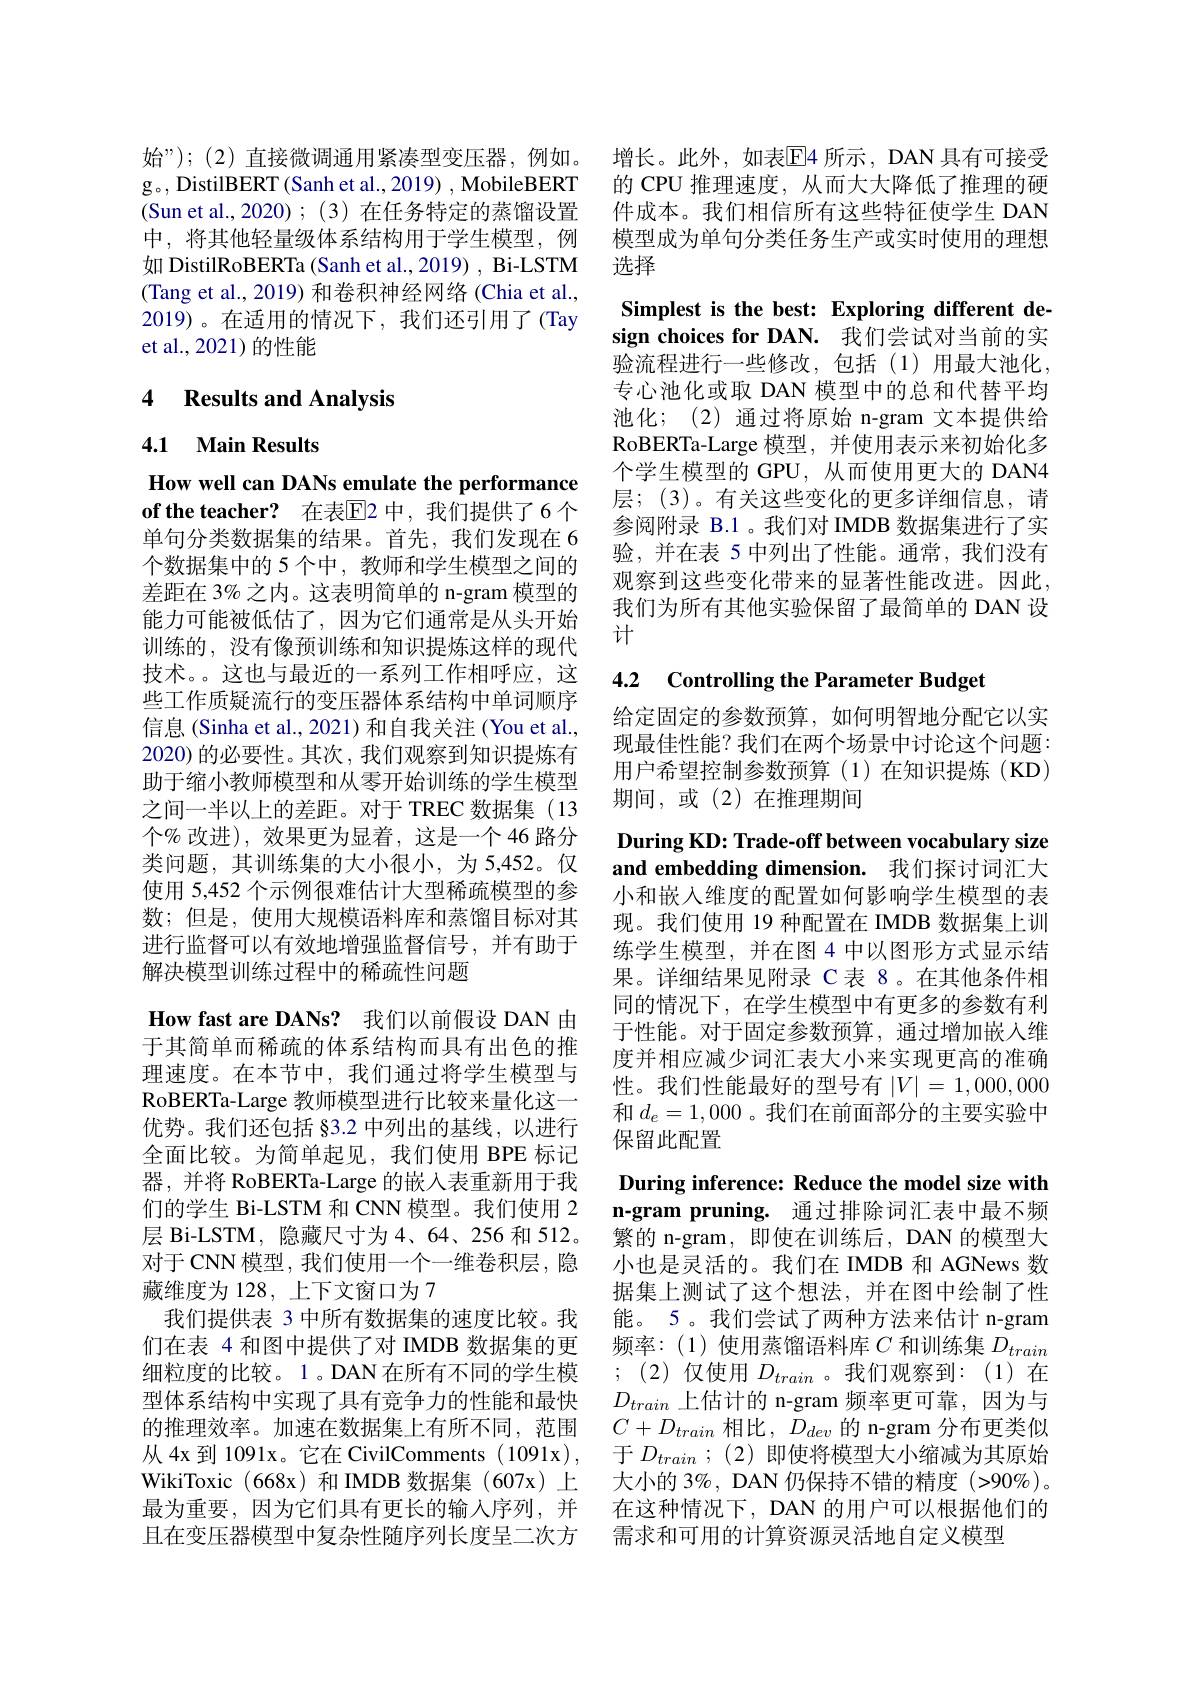
g。, DistilBERT (Sanh et al., 2019) , MobileBERT (Sun et al., 2020) ; (3) 在任务特定的蒸馏设置中，将其他轻量级体系结构用于学生模型，例如 DistilRoBERTa (Sanh et al., 2019) , Bi-LSTM (Tang et al., 2019) 和卷积神经网络(Chia et al., 2019)。在适用的情况下，我们还引用了(Tay et al.,2021)的性能

## 4 Results and Analysis

4.1 Main Results

How well can DANs emulate the performance of the teacher? 在表$\overline{\mathbb{E}}$2 中，我们提供了6个单句分类数据集的结果。首先，我们发现在 6个数据集中的 5 个中，教师和学生模型之间的差距在 3% 之内。这表明简单的 n-gram 模型的能力可能被低估了，因为它们通常是从头开始训练的，没有像预训练和知识提炼这样的现代技术。这也与最近的一系列工作相呼应，这些工作质疑流行的变压器体系结构中单词顺序信息 (Sinha et al., 2021) 和自我关注 (You et al., 2020) 的必要性。其次 , 我们观察到知识提炼有助于缩小教师模型和从零开始训练的学生模型之间一半以上的差距。对于 TREC 数据集(13个% 改进), 效果更为显着，这是一个 46 路分类问题，其训练集的大小很小，为5，452。仅使用 5,452 个示例很难估计大型稀疏模型的参数；但是，使用大规模语料库和蒸馏目标对其进行监督可以有效地增强监督信号，并有助于解决模型训练过程中的稀疏性问题

How fast are DANs? 我们以前假设 DAN 由于其简单而稀疏的体系结构而具有出色的推理速度。在本节中，我们通过将学生模型与RoBERTa-Large 教师模型进行比较来量化这一优势。我们还包括 §3.2 中列出的基线，以进行全面比较。为简单起见，我们使用 BPE 标记器，并将 RoBERTa-Large 的嵌入表重新用于我们的学生 Bi-LSTM 和 CNN 模型。我们使用 2层 Bi-LSTM, 隐藏尺寸为4、64、256 和 512。对于 CNN 模型，我们使用一个一维卷积层，隐藏维度为 128, 上下文窗口为 7
我们提供表 3 中所有数据集的速度比较。我们在表 4 和图中提供了对 IMDB 数据集的更细粒度的比较。1。DAN 在所有不同的学生模型体系结构中实现了具有竞争力的性能和最快的推理效率。加速在数据集上有所不同，范围从 4x 到 1091x。它在 CivilComments ( 1091x), WikiToxic (668x)和 IMDB 数据集 (607x)上最为重要，因为它们具有更长的输入序列，并且在变压器模型中复杂性随序列长度呈二次方

始”);(2)直接微调通用紧凑型变压器，例如。增长。此外，如表$\overline{\mathrm{E}}$4 所示，DAN 具有可接受
的 CPU 推理速度，从而大大降低了推理的硬件成本。我们相信所有这些特征使学生 DAN 模型成为单句分类任务生产或实时使用的理想选择

Simplest is the best: Exploring different design choices for DAN. 我们尝试对当前的实验流程进行一些修改，包括(1)用最大池化， 专心池化或取 DAN 模型中的总和代替平均池化；(2)通过将原始 n-gram 文本提供给RoBERTa-Large 模型，并使用表示来初始化多个学生模型的 GPU, 从而使用更大的 DAN4层；(3)。有关这些变化的更多详细信息，请参阅附录 B.1 。我们对 IMDB 数据集进行了实验，并在表 5 中列出了性能。通常，我们没有观察到这些变化带来的显著性能改进。因此我们为所有其他实验保留了最简单的 DAN 设计

## 4.2 Controlling the Parameter Budget

给定固定的参数预算，如何明智地分配它以实现最佳性能？我们在两个场景中讨论这个问题： 用户希望控制参数预算(1)在知识提炼(KD) 期间，或(2)在推理期间

During KD: Trade-off between vocabulary size and embedding dimension. 我们探讨词汇大

小和嵌入维度的配置如何影响学生模型的表现。我们使用 19 种配置在 IMDB 数据集上训练学生模型，并在图 4 中以图形方式显示结果。详细结果见附录 C 表 8。在其他条件相同的情况下，在学生模型中有更多的参数有利于性能。对于固定参数预算，通过增加嵌入维度并相应减少词汇表大小来实现更高的准确性。我们性能最好的型号有$|V|=1,000,000$ 和$d_e=1,000$ 。我们在前面部分的主要实验中保留此配置

During inference: Reduce the model size with n-gram pruning. 通过排除词汇表中最不频繁的 n-gram, 即使在训练后，DAN 的模型大小也是灵活的。我们在 IMDB 和 AGNews 数据集上测试了这个想法，并在图中绘制了性能。5。我们尝试了两种方法来估计 n-gram 频率：(1)使用蒸馏语料库$C$和训练集$D_train$ ;(2)仅使用$D_train$ 。我们观察到：(1)在$D_{train}$上估计的 n-gram 频率更可靠，因为与$C+D_{train}$ 相比，$\bar{D} _{dev}$的 n-gram 分布更类似于$D_{train}$ ; (2) 即使将模型大小缩减为其原始大小的 3%, DAN 仍保持不错的精度 (>90%)。在这种情况下，DAN 的用户可以根据他们的需求和可用的计算资源灵活地自定义模型